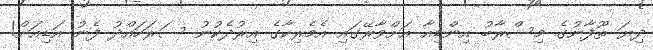
ދިޔަ ތޫފާނުގެ މިސްރާބު އިންޑިއާ އަށްވާރޭގައި އެމެރިކާގެ އިރުދެކުނު ސަރަހައްދު ފެނު އަޑިއަށް!